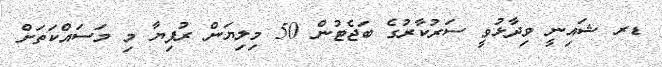
ޑރ ޝައިނީ ވިދާޅުވީ ސަރުކާރުގެ ބަޖެޓުން 50 މިލިޔަން ރުފިޔާ މި މަސައްކަތަށް